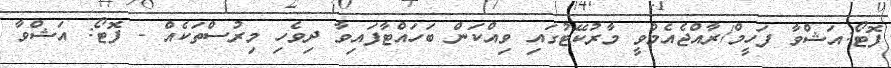
ފޮޓޯ:އަޝްވާ ފަހީމް/ރާއްޖެއެމްވީ މާރުކޭޓުގައި ވިއްކަން ބަހައްޓާފައިވާ ދިވެހި މިރުސްތަކެއް - ފޮޓޯ: އަޝްވާ